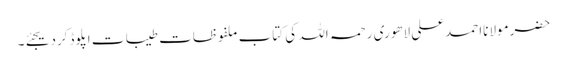
حضرمولانااحمدعلی لاھوری رحمہ اللہ کی کتاب ملفوظات طیبات اپلوڈکردیجئے۔